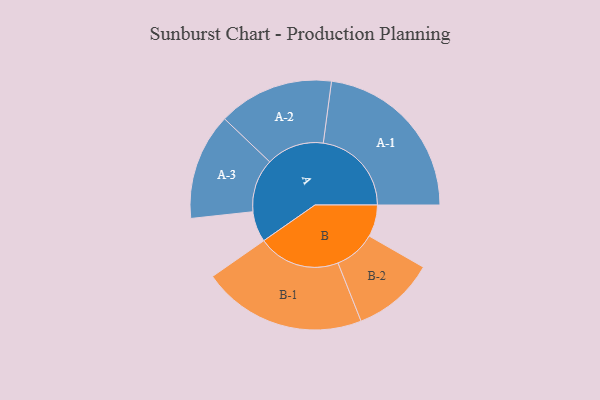
{"axis": {"x": "Segment", "y": "Value"}, "legend": ["", "A", "B"], "data": [{"x": "A", "y": 102, "type": ""}, {"x": "B", "y": 106, "type": ""}, {"x": "A-1", "y": 293, "type": "A"}, {"x": "A-2", "y": 192, "type": "A"}, {"x": "A-3", "y": 177, "type": "A"}, {"x": "B-1", "y": 273, "type": "B"}, {"x": "B-2", "y": 137, "type": "B"}]}